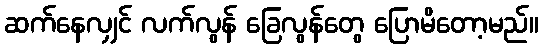
ဆက်နေလျှင် လက်လွန် ခြေလွန်တွေ ပြောမိတော့မည်။